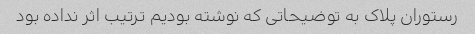
رستوران پلاک به توضیحاتی که نوشته بودیم ترتیب اثر نداده بود